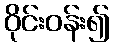
ဝိုင်းဝန်း၍